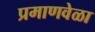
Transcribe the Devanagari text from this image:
प्रमाणवेळा